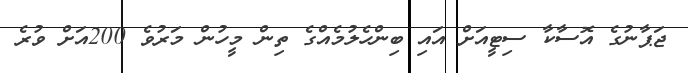
ޖަޕާނުގެ އޮސާކާ ސިޓީއަށް އައި ބިންހެލުމެއްގެ ތިން މީހުން މަރުވެ 200އަށް ވުރެ